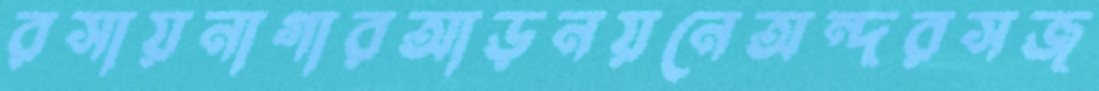
রসায়নাগারআড়নয়নেঅন্দরসজ